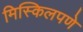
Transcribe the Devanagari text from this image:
मिस्किलपणे